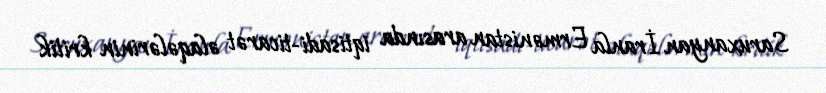
Saruxanyan İranla Ermənistan arasında iqtisadi-ticarət əlaqələrinin kritik